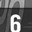
Digit: 6